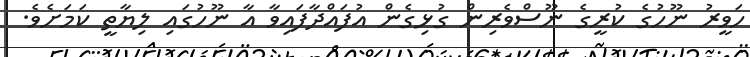
ހަވީރު ނޫހުގެ ކުރީގެ ނޫސްވެރިން ގުޅިގެން އުފައްދާފައިވާ އާ ނޫހުގައި ލިޔާތީ ކަމަށެވެ.